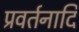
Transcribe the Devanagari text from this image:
प्रवर्तनादि